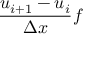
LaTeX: { \frac { u _ { i + 1 } - u _ { i } } { \Delta x } } f